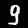
Digit: 9